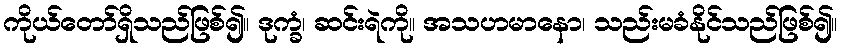
ကိုယ်တော်ရှိသည်ဖြစ်၍။ ဒုက္ခံ၊ ဆင်းရဲကို။ အသဟမာနော၊ သည်းမခံနိုင်သည်ဖြစ်၍။